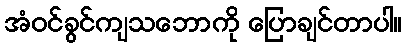
အံဝင်ခွင်ကျသဘောကို ပြောချင်တာပါ။